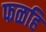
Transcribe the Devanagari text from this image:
फळहि